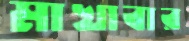
মাখাবার